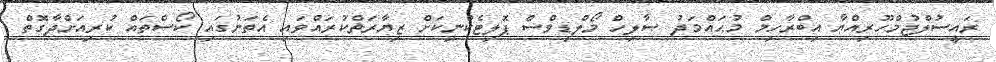
ރައީސުލްޖުމްހޫރިއްޔާ އިބްރާހިމް މުޙައްމަދު ޞާލިހް މޯލްޑިވްސް ޕޮލިޓެކްނިކަށް ޒިޔާރަތްކުރައްވައި އެތަނުގައި ކޯސްތައް ކުރިއަށްދާގޮތް